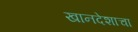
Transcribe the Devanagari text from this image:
खानदेशाचा